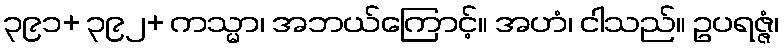
၃၉၁+ ၃၉၂+ ကသ္မာ၊ အဘယ်ကြောင့်။ အဟံ၊ ငါသည်။ ဥပရဇ္ဇံ၊